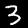
Label: 3